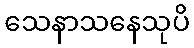
သေနာသနေသုပိ